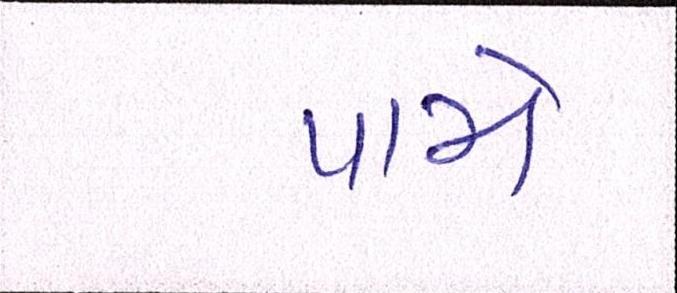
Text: પામે